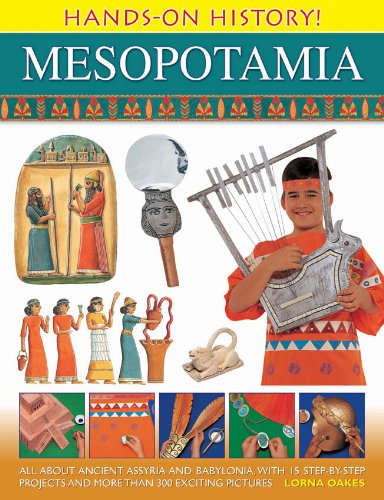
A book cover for Hands-On History Mesopotamia: All about ancient Assyria and Babylonia, with 15 step-by-step projects and more than 300 exciting pictures; Lorna Oakes; History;